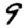
Digit: 9